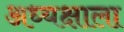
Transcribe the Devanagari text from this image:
अध्यक्षाला